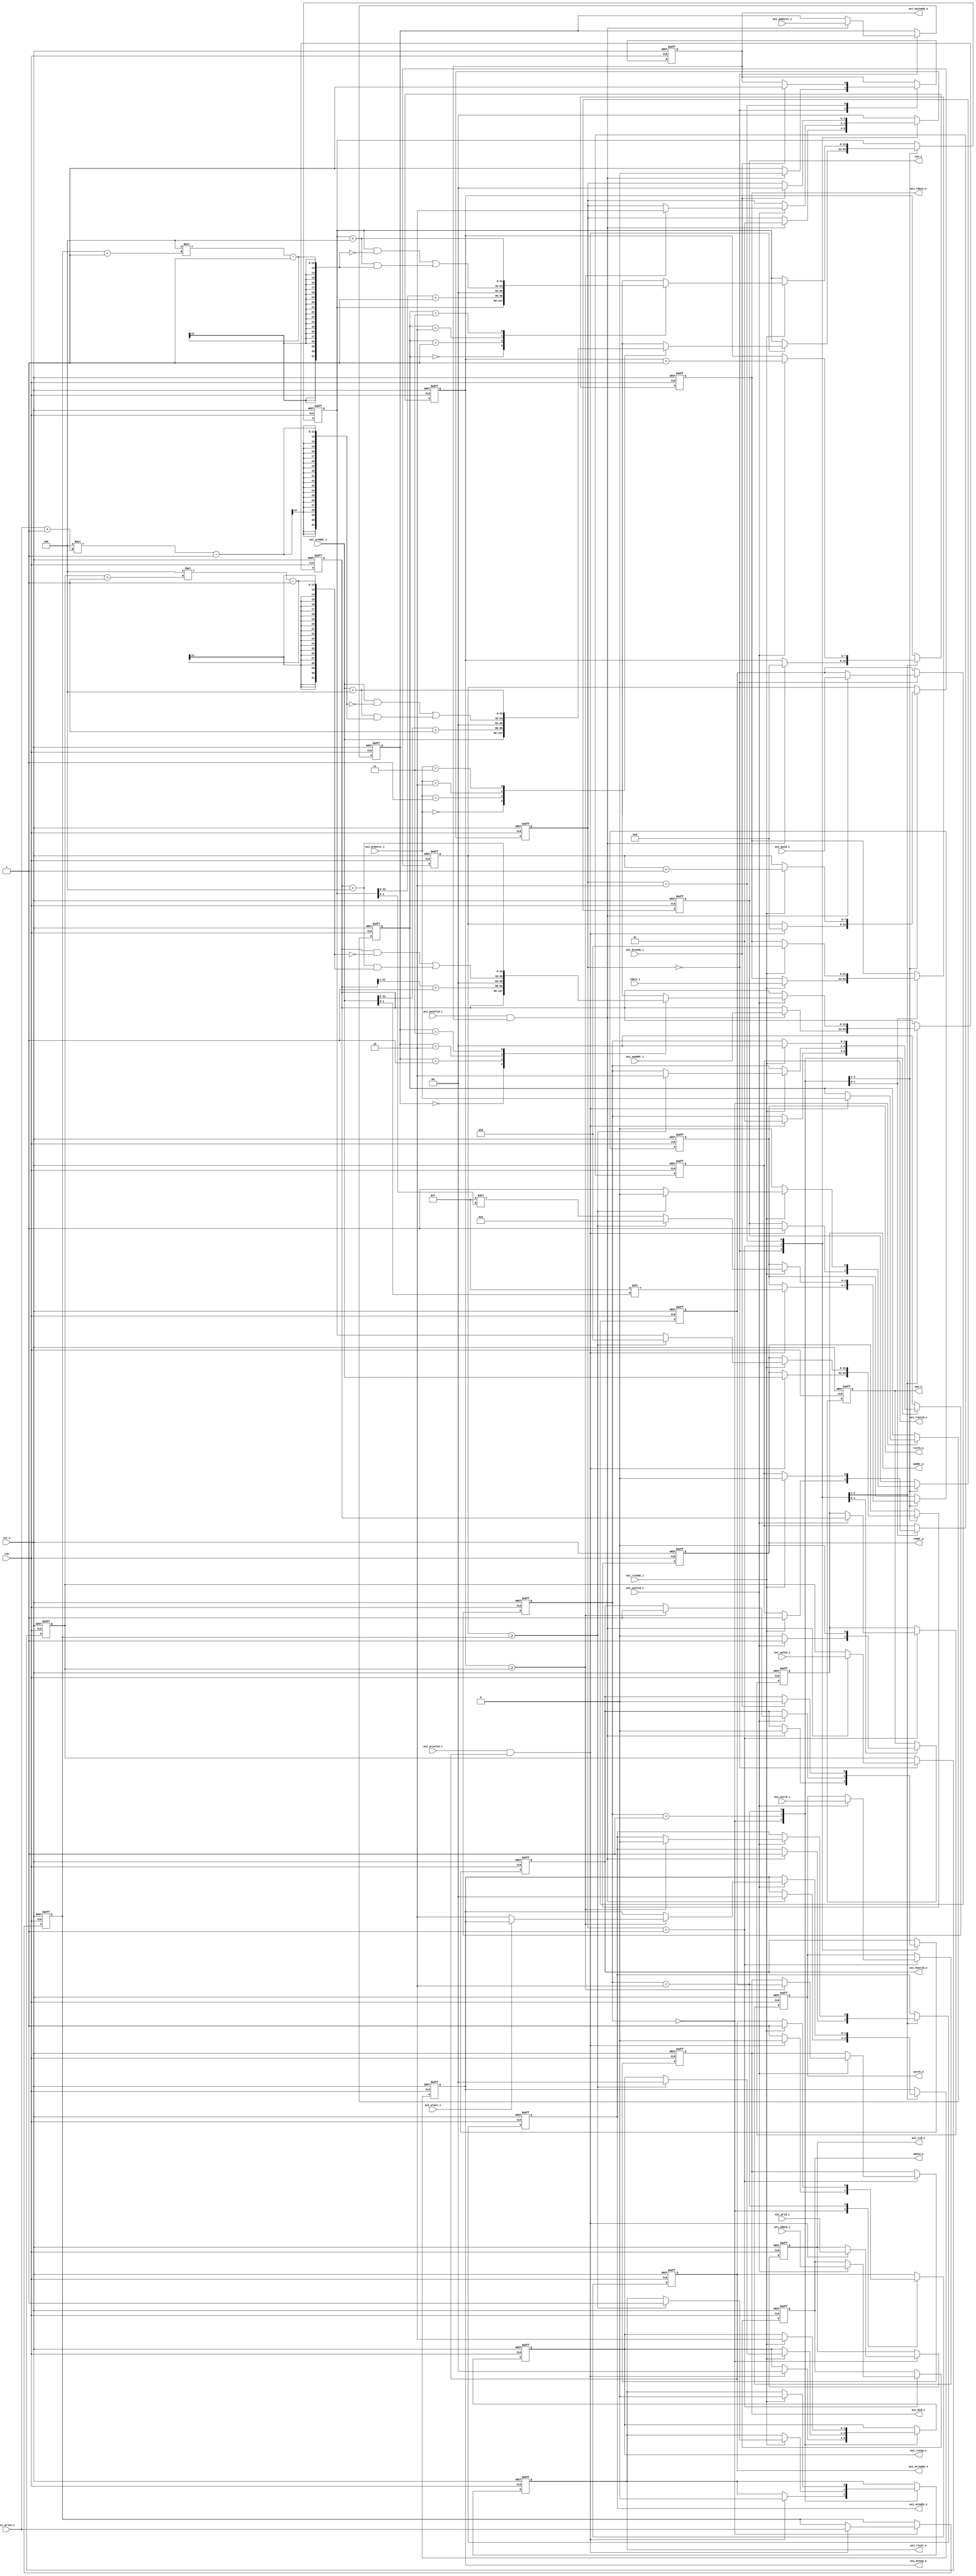
/*+
 * Copyright (c) 2022-2024 Zhengde
 * 
 * All rights reserved.
 * 
 * Redistribution and use in source and binary forms, with or without
 * modification, are permitted provided that the following conditions are met:
 * 
 * 1 Redistributions of source code must retain the above copyright notice, this
 *   list of conditions and the following disclaimer.
 * 
 * 2 Redistributions in binary form must reproduce the above copyright notice,
 *   this list of conditions and the following disclaimer in the documentation
 *   and/or other materials provided with the distribution.
 * 
 * 3 Neither the name of the copyright holder nor the names of its
 *   contributors may be used to endorse or promote products derived from
 *   this software without specific prior written permission.
 * 
 * THIS SOFTWARE IS PROVIDED BY THE COPYRIGHT HOLDERS AND CONTRIBUTORS "AS IS"
 * AND ANY EXPRESS OR IMPLIED WARRANTIES, INCLUDING, BUT NOT LIMITED TO, THE
 * IMPLIED WARRANTIES OF MERCHANTABILITY AND FITNESS FOR A PARTICULAR PURPOSE ARE
 * DISCLAIMED. IN NO EVENT SHALL THE COPYRIGHT HOLDER OR CONTRIBUTORS BE LIABLE
 * FOR ANY DIRECT, INDIRECT, INCIDENTAL, SPECIAL, EXEMPLARY, OR CONSEQUENTIAL
 * DAMAGES (INCLUDING, BUT NOT LIMITED TO, PROCUREMENT OF SUBSTITUTE GOODS OR
 * SERVICES; LOSS OF USE, DATA, OR PROFITS; OR BUSINESS INTERRUPTION) HOWEVER
 * CAUSED AND ON ANY THEORY OF LIABILITY, WHETHER IN CONTRACT, STRICT LIABILITY,
 * OR TORT (INCLUDING NEGLIGENCE OR OTHERWISE) ARISING IN ANY WAY OUT OF THE USE
 * OF THIS SOFTWARE, EVEN IF ADVISED OF THE POSSIBILITY OF SUCH DAMAGE.
-*/

module uart_axi_slv 
(
    input           clk             ,
    input           rst_n           ,

    // AXI4 interface
    input           axi_awvalid_i   ,
    input  [ 31:0]  axi_awaddr_i    ,
    input  [  3:0]  axi_awid_i      ,
    input  [  7:0]  axi_awlen_i     ,
    input  [  1:0]  axi_awburst_i   ,
    input           axi_wvalid_i    ,
    input  [ 31:0]  axi_wdata_i     ,
    input  [  3:0]  axi_wstrb_i     ,
    input           axi_wlast_i     ,
    input           axi_bready_i    ,
    input           axi_arvalid_i   ,
    input  [ 31:0]  axi_araddr_i    ,
    input  [  3:0]  axi_arid_i      ,
    input  [  7:0]  axi_arlen_i     ,
    input  [  1:0]  axi_arburst_i   ,
    input           axi_rready_i    ,

    output          axi_awready_o   ,
    output          axi_wready_o    ,
    output          axi_bvalid_o    ,
    output [  1:0]  axi_bresp_o     ,
    output [  3:0]  axi_bid_o       ,
    output          axi_arready_o   ,
    output          axi_rvalid_o    ,
    output [ 31:0]  axi_rdata_o     ,
    output [  1:0]  axi_rresp_o     ,
    output [  3:0]  axi_rid_o       ,
    output          axi_rlast_o     ,

    output [ 31:0]  waddr_o  , 
    output [ 31:0]  wdata_o  , 
    output [  3:0]  wstrb_o  , 
    output          wen_o    , 
    output [ 31:0]  raddr_o  , 
    input  [ 31:0]  rdata_i  , 
    output [  3:0]  rstrb_o  ,
    output          ren_o            
);
    //-----------------------------------------------------------
    // write case
    //-----------------------------------------------------------
    reg  [31:0]  t_waddr_q ;
    reg  [31:0]  t_wdata_q ;
    reg  [ 3:0]  t_wstrb_q ;
    reg          t_wen_q   ;

    reg  [31:0]  axi_awaddr_q    ;
    reg  [ 3:0]  axi_awid_q      ;
    reg  [ 7:0]  axi_awlen_q     ;
    reg  [ 1:0]  axi_awburst_q   ;

    reg          axi_awready_q   ;
    reg          axi_wready_q    ;
    reg          axi_bvalid_q    ;
    reg  [ 1:0]  axi_bresp_q     ;
    reg  [ 3:0]  axi_bid_q       ;

    reg  [31:0]  waddr_q;
    reg  [ 7:0]  wbeat_q;

    localparam STW_IDLE   = 2'h0,
               STW_WRITE  = 2'h1,
               STW_RSP    = 2'h2;

    reg  [ 1:0]  wstate_q;

    always @(posedge clk or negedge rst_n) begin
        if (!rst_n) begin
            axi_awaddr_q  <= 32'h0 ;
            axi_awid_q    <= 4'h0 ;
            axi_awlen_q   <= 8'h0 ;
            axi_awburst_q <= 2'b0 ;
            axi_awready_q <= 1'b0 ;
            axi_wready_q  <= 1'b0 ;
            axi_bvalid_q  <= 1'b0 ;
            axi_bresp_q   <= 2'b10 ; //Slave Error
            axi_bid_q     <= 4'h0 ;
            waddr_q       <= 'h0;
            wbeat_q       <= 'h0;
            t_waddr_q     <= 'h0;
            t_wdata_q     <= 'h0;
            t_wstrb_q     <= 'h0;
            t_wen_q       <= 1'b0;
            wstate_q      <= STW_IDLE;
        end 
        else begin
            case (wstate_q)
            STW_IDLE: 
            begin
                if ((axi_awvalid_i == 1'b1) && (axi_awready_o == 1'b1)) begin
                    axi_awaddr_q  <= axi_awaddr_i ;
                    axi_awid_q    <= axi_awid_i   ;
                    axi_awlen_q   <= axi_awlen_i  ;
                    axi_awburst_q <= axi_awburst_i;
                    axi_awready_q <= 1'b0 ;
                    axi_wready_q  <= 1'b1 ;
                    axi_bvalid_q  <= 1'b0 ;
                    axi_bresp_q   <= 2'b00 ; //Okay
                    waddr_q       <= axi_awaddr_i;
                    wbeat_q       <= 'h0;
                    wstate_q      <= STW_WRITE;
                end 
                else begin
                    axi_awready_q <= 1'b1;
                end
            end // STW_IDLE
            STW_WRITE: 
            begin
                if (axi_wvalid_i == 1'b1) begin
                    t_waddr_q <= waddr_q;
                    t_wdata_q <= axi_wdata_i;
                    t_wstrb_q <= axi_wstrb_i;
                    t_wen_q   <= 1'b1;
                    wbeat_q   <= wbeat_q + 1;
                    waddr_q   <= get_next_addr(waddr_q, axi_awburst_q, axi_awlen_q);
                    if (wbeat_q >= axi_awlen_q) begin
                        axi_wready_q  <= 1'b0 ;
                        axi_bvalid_q  <= 1'b1 ;
                        axi_bid_q     <= axi_awid_q ;
                        if (axi_wlast_i == 1'b0) axi_bresp_q <= 2'b10; // SLVERR - missing last
                        wstate_q      <= STW_RSP;
                    end 
                end 
                else begin
                    t_wen_q   <= 1'b0;
                end
            end // STW_WRITE
            STW_RSP: 
            begin
                t_wen_q   <= 1'b0;
                if (axi_bready_i == 1'b1) begin
                    axi_bvalid_q  <= 1'b0 ;
                    axi_awready_q <= 1'b1 ;
                    wstate_q      <= STW_IDLE;
                end
            end // STW_RSP
            default:  wstate_q <= STW_IDLE;
            endcase
        end //if
    end //always

    // AXI write outputs
    assign axi_awready_o =  axi_awready_q ;
    assign axi_wready_o  =  axi_wready_q  ;
    assign axi_bvalid_o  =  axi_bvalid_q  ;
    assign axi_bresp_o   =  axi_bresp_q   ;
    assign axi_bid_o     =  axi_bid_q     ;

    // Register write ports
    assign waddr_o  = t_waddr_q ; 
    assign wdata_o  = t_wdata_q ; 
    assign wstrb_o  = t_wstrb_q ; 
    assign wen_o    = t_wen_q   ; 

    //-----------------------------------------------------------
    // read case
    //-----------------------------------------------------------
    reg  [31:0]   t_raddr_q ;
    reg  [ 3:0]   t_rstrb_q ;
    reg           t_ren_q   ; 

    reg  [ 31:0]  axi_araddr_q    ;
    reg  [  7:0]  axi_arlen_q     ;
    reg  [  1:0]  axi_arburst_q   ;
    
    reg           axi_arready_q   ;
    reg           axi_rvalid_q    ;
    reg  [ 31:0]  axi_rdata_q     ;
    reg  [  1:0]  axi_rresp_q     ;
    reg  [  3:0]  axi_rid_q       ;
    reg           axi_rlast_q     ;
    
    reg  [31:0]   raddr_q; // address of each transfer within a burst
    reg  [ 7:0]   rbeat_q; // keeps num of transfers within a burst

    localparam STR_IDLE   = 2'h0,
               STR_READ   = 2'h1,
               STR_END    = 2'h2;
    
    reg  [ 1:0]   rstate_q;

    always @(posedge clk or negedge rst_n) begin
        if (!rst_n) begin
            axi_araddr_q  <= 32'h0 ;
            axi_arlen_q   <= 8'h0  ;
            axi_arburst_q <= 2'b0  ;
            axi_arready_q <= 1'b0  ;
            axi_rvalid_q  <= 1'b0  ;
            axi_rdata_q   <= 32'h0 ;
            axi_rresp_q   <= 2'b10 ; //Slave Error
            axi_rid_q     <= 4'h0  ;
            axi_rlast_q   <= 1'b0  ;
            raddr_q       <= 'h0 ; 
            rbeat_q       <= 8'h0; 
            t_raddr_q     <= 'h0;
            t_rstrb_q     <= 4'h0;
            t_ren_q       <= 1'b0; 
            rstate_q      <= STR_IDLE;
        end 
        else begin
            case (rstate_q)
            STR_IDLE: 
            begin
                if ((axi_arvalid_i == 1'b1) && (axi_arready_o == 1'b1)) begin
                    axi_araddr_q  <= axi_araddr_i  ;
                    axi_arlen_q   <= axi_arlen_i   ;
                    axi_arburst_q <= axi_arburst_i ;
                    axi_arready_q <= 1'b0;
                    axi_rid_q     <= axi_arid_i ;
                    axi_rresp_q   <= 2'b00  ; // Okay
                    axi_rlast_q   <= 1'b0  ;
                    raddr_q       <= get_next_addr(axi_araddr_i[31:0], axi_arburst_i, axi_arlen_i);; 
                    rbeat_q       <= 8'h0; 
                    t_raddr_q     <= axi_araddr_i ;
                    t_rstrb_q     <= get_strb(axi_araddr_i);
                    t_ren_q       <= 1'b1; 
                    rstate_q      <= STR_READ;
                end 
                else begin
                    axi_arready_q <= 1'b1;
                end
            end // STR_IDLE
            STR_READ :
            begin
                if (axi_rready_i == 1'b1) begin
                    axi_rvalid_q  <= 1'b1  ;
                    axi_rdata_q   <= rdata_i ;
                    rbeat_q   <= rbeat_q + 1;
                    raddr_q   <= get_next_addr(raddr_q, axi_arburst_q, axi_arlen_q); 

                    if (rbeat_q >= axi_arlen_q) begin
                        t_raddr_q   <= 'h0;
                        t_rstrb_q   <= 4'h0;
                        t_ren_q     <= 1'b0; 
                        axi_rresp_q <= 2'b00  ;
                        axi_rlast_q <= 1'b1   ;
                        rstate_q    <= STR_END;
                    end
                    else begin
                        t_raddr_q   <= raddr_q;
                        t_rstrb_q   <= get_strb(raddr_q);
                        t_ren_q     <= 1'b1; 
                    end
                end
                else begin
                    t_ren_q       <= 1'b0; 
                end
            end // STR_READ
            STR_END: 
            begin 
                if (axi_rready_i == 1'b1) begin
                    axi_rvalid_q  <= 1'b0  ;
                    axi_rlast_q   <= 1'b0  ;
                    axi_rdata_q   <= 32'h0 ;
                    axi_rresp_q   <= 2'b10 ;  //Slave Error
                    axi_arready_q <= 1'b1  ;
                    rstate_q      <= STR_IDLE;
                end
            end // STR_END
            default: rstate_q <= STR_IDLE;
            endcase
        end //if
    end // always

    // AXI read outputs
    assign axi_arready_o = axi_arready_q ;
    assign axi_rvalid_o  = axi_rvalid_q  ;
    assign axi_rdata_o   = axi_rdata_q   ;
    assign axi_rresp_o   = axi_rresp_q   ;
    assign axi_rid_o     = axi_rid_q     ;
    assign axi_rlast_o   = axi_rlast_q   ;

    // Register read ports
    assign raddr_o =  t_raddr_q; 
    assign rstrb_o =  t_rstrb_q;
    assign ren_o   =  t_ren_q  ;       

    function  [31:0] get_next_addr;
        input [31:0] addr ;
        input [ 1:0] burst; // burst type
        input [ 7:0] len  ; // burst length

        reg   [29:0] naddr;
        reg   [31:0]   mask ;
    begin
        case (burst)
            2'b00: 
                get_next_addr = addr;
            2'b01: 
            begin
                naddr = addr[31:2];
                naddr = naddr + 1;
                get_next_addr = {naddr,2'b00};
            end
            2'b10: 
            begin
                mask  = 4*(len+1) - 1;
                get_next_addr = (addr & ~mask) | ((addr + 4) & mask);
            end
            2'b11: 
                get_next_addr = addr + 4;
        endcase
    end
    endfunction

    function  [ 3:0] get_strb;
        input [31:0] addr;
        reg   [ 3:0] offset;
    begin
         offset   = addr[1:0]; //offset = addr%4;
         get_strb = {4{1'b1}} << offset;
    end
    endfunction

endmodule